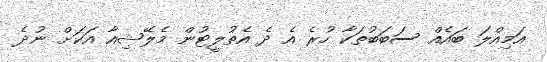
އަމިއްލަ ބައެއް ސަބަބުތަކާ ހުރެ އެ ދެ އެތުލީޓުން މެލޭޝިއާ އަކަށް ނުދެ